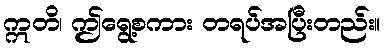
ဣတိ၊ ဤရွေ့စကား တရပ်အပြီးတည်း။